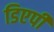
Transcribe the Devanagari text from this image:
डिएपी